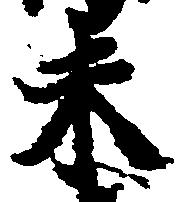
未